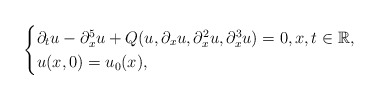
\begin{align*} \begin{cases}\partial_tu - \partial_x^5u + Q(u,\partial_xu,\partial_x^2u,\partial_x^3u) = 0,x,t\in\mathbb{R}, \\u(x,0) = u_0(x),\end{cases}\end{align*}